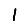
Digit: 1